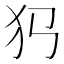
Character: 𤜛